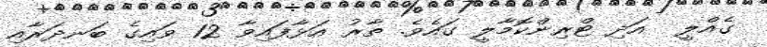
ގެއްލީ  އަދި ޓްރިންކޮމާލީ ގައެވެ. ތާރު އަޅާފައިވާ 12 ވައިގެ ބަނދަރާއި